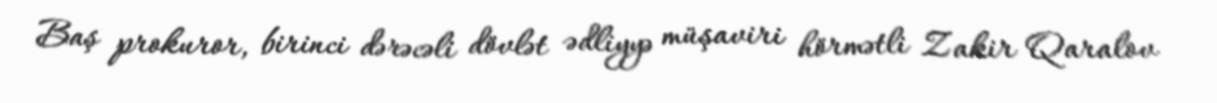
Baş prokuror, birinci dərəcəli dövlət ədliyyə müşaviri hörmətli Zakir Qaralov